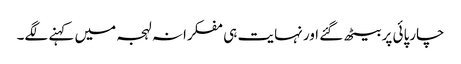
چارپائی پر بیٹھ گئے اور نہایت ہی مفکرانہ لہجہ میں کہنے لگے۔